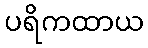
ပရိကထာယ